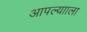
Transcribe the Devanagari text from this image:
आपल्यााला